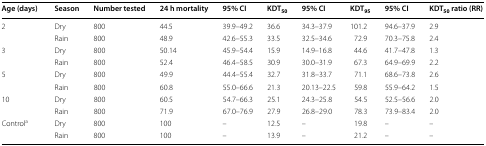
<table><thead><tr><td><b>Age (days)</b></td><td><b>Season</b></td><td><b>Number tested</b></td><td><b>24 h mortality</b></td><td><b>95% CI</b></td><td><b>KDT<sub>50</sub></b></td><td><b>95% CI</b></td><td><b>KDT<sub>95</sub></b></td><td><b>95% CI</b></td><td><b>KDT<sub>50</sub> ratio (RR)</b></td></tr></thead><tbody><tr><td rowspan="2">2</td><td>Dry</td><td>800</td><td>44.5</td><td>39.9–49.2</td><td>36.6</td><td>34.3–37.9</td><td>101.2</td><td>94.6–37.9</td><td>2.9</td></tr><tr><td>Rain</td><td>800</td><td>48.9</td><td>42.6–55.3</td><td>33.5</td><td>32.5–34.6</td><td>72.9</td><td>70.3–75.8</td><td>2.4</td></tr><tr><td rowspan="2">3</td><td>Dry</td><td>800</td><td>50.14</td><td>45.9–54.4</td><td>15.9</td><td>14.9–16.8</td><td>44.6</td><td>41.7–47.8</td><td>1.3</td></tr><tr><td>Rain</td><td>800</td><td>52.4</td><td>46.4–58.5</td><td>30.9</td><td>30.0–31.9</td><td>67.3</td><td>64.9–69.9</td><td>2.2</td></tr><tr><td rowspan="2">5</td><td>Dry</td><td>800</td><td>49.9</td><td>44.4–55.4</td><td>32.7</td><td>31.8–33.7</td><td>71.1</td><td>68.6–73.8</td><td>2.6</td></tr><tr><td>Rain</td><td>800</td><td>60.8</td><td>55.0–66.6</td><td>21.3</td><td>20.13–22.5</td><td>59.8</td><td>55.9–64.2</td><td>1.5</td></tr><tr><td rowspan="2">10</td><td>Dry</td><td>800</td><td>60.5</td><td>54.7–66.3</td><td>25.1</td><td>24.3–25.8</td><td>54.5</td><td>52.5–56.6</td><td>2.0</td></tr><tr><td>Rain</td><td>800</td><td>71.9</td><td>67.0–76.9</td><td>27.9</td><td>26.8–29.0</td><td>78.3</td><td>73.9–83.4</td><td>2.0</td></tr><tr><td rowspan="2">Control<sup>a</sup></td><td>Dry</td><td>800</td><td>100</td><td>–</td><td>12.5</td><td>–</td><td>19.8</td><td>–</td><td>–</td></tr><tr><td>Rain</td><td>800</td><td>100</td><td>–</td><td>13.9</td><td>–</td><td>21.2</td><td>–</td><td>–</td></tr></tbody></table>